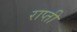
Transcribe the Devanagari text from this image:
राप्‍ती